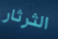
الثرثار